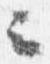
云